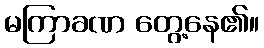
မကြာခဏ တွေ့နေ၏။